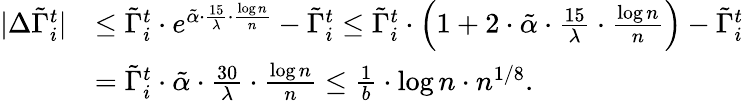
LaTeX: \begin{array}{rl}{|\Delta\tilde{\Gamma}_{i}^{t}|}&{\leq\tilde{\Gamma}_{i}^{t}\cdot e^{\tilde{\alpha}\cdot\frac{15}{\lambda}\cdot\frac{\log n}{n}}-\tilde{\Gamma}_{i}^{t}\leq\tilde{\Gamma}_{i}^{t}\cdot\Big(1+2\cdot\tilde{\alpha}\cdot\frac{15}{\lambda}\cdot\frac{\log n}{n}\Big)-\tilde{\Gamma}_{i}^{t}}\\ &{=\tilde{\Gamma}_{i}^{t}\cdot\tilde{\alpha}\cdot\frac{30}{\lambda}\cdot\frac{\log n}{n}\leq\frac{1}{b}\cdot\log n\cdot n^{1/8}.}\end{array}